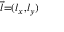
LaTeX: \scriptstyle { \vec { l } } = ( l _ { x } , l _ { y } )